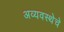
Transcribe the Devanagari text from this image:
अव्यवस्थेचे